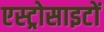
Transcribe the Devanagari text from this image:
एस्ट्रोसाइटों